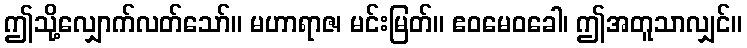
ဤသို့လျှောက်လတ်သော်။ မဟာရာဇ၊ မင်းမြတ်။ ဧဝမေဝခေါ၊ ဤအတူသာလျှင်။